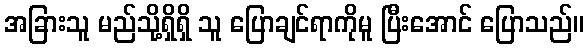
အခြားသူ မည်သို့ရှိရှိ သူ ပြောချင်ရာကိုမူ ပြီးအောင် ပြောသည်။